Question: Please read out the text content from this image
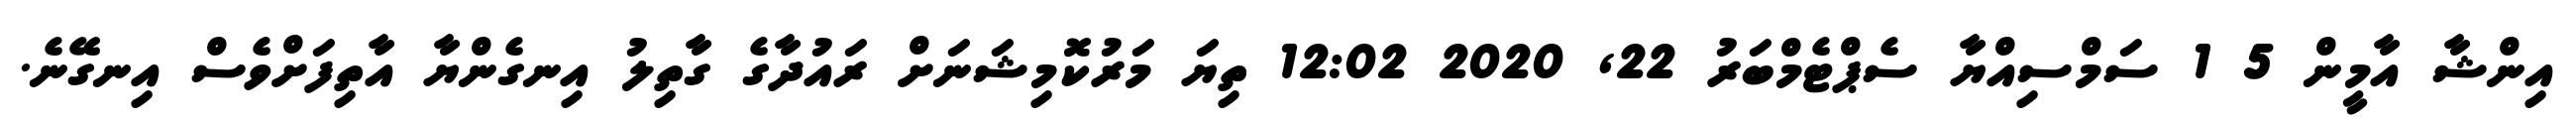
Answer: އިންޝާ އާމީން 5 1 ސަމްސިއްޔާ ސެޕްޓެމްބަރު 22, 2020 12:02 ތިޔަ މަރުކޮމިޝަނަށް ރައުދާގެ ގާތިލު އިނގެންޔާ އާތިފަށްވެސް އިނގޭނެ.